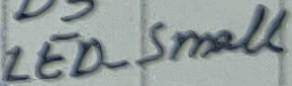
Text: LED_Small